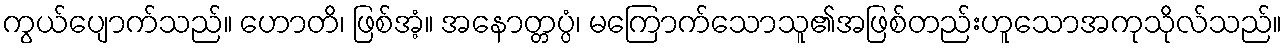
ကွယ်ပျောက်သည်။ ဟောတိ၊ ဖြစ်အံ့။ အနောတ္တပ္ပံ၊ မကြောက်သောသူ၏အဖြစ်တည်းဟူသောအကုသိုလ်သည်။